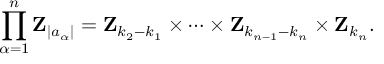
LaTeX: \prod _ { \alpha = 1 } ^ { n } { \mathbf Z } _ { | a _ { \alpha } | } = { \mathbf Z } _ { k _ { 2 } - k _ { 1 } } \times \cdots \times { \mathbf Z } _ { k _ { n - 1 } - k _ { n } } \times { \mathbf Z } _ { k _ { n } } .